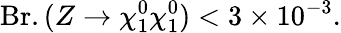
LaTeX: \mathrm{Br}.(Z\rightarrow\chi_{1}^{0}\chi_{1}^{0})<3\times 10^{-3}.